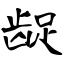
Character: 龊